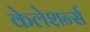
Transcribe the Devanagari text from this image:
केलेशर्न्स